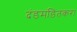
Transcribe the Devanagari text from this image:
दंडमंडितकरा